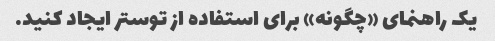
یک راهنمای «چگونه» برای استفاده از توستر ایجاد کنید.